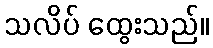
သလိပ် ထွေးသည်။